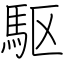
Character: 駆